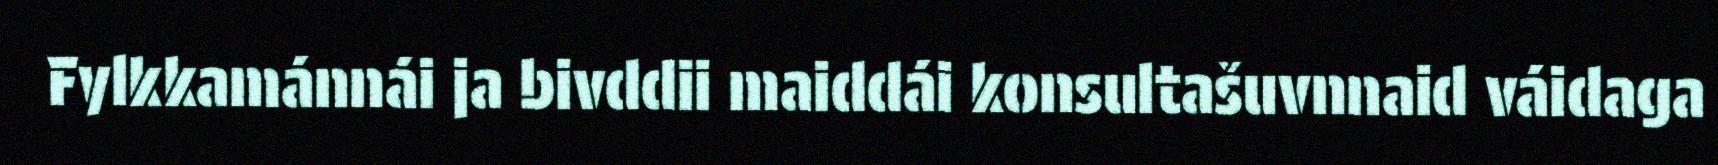
Fylkkamánnái ja bivddii maiddái konsultašuvnnaid váidaga